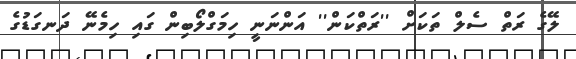
ލޭގެ ރަތް ސެލް ތަކަށް ''ރަތްކަން'' އަންނަނީ ހިމަގްލޯބިން ގައި ހިމެނޭ ދަނގަޑުގެ